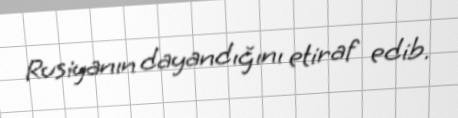
Rusiyanın dayandığını etiraf edib.